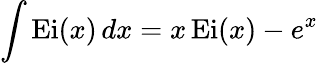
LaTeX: \int\operatorname{Ei}(x)\, dx=x\operatorname{Ei}(x)-e^{x}